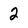
Character: 2